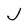
Character: J